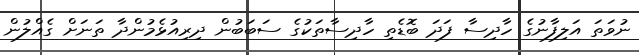
ނުވަތަ އަލިފާނުގެ ހާދިސާ ފަދަ ބޮޑެތި ހާދިސާތަކުގެ ސަބަބުން ދިރިއުޅެމުންދާ ތަނަށް ގެއްލުން